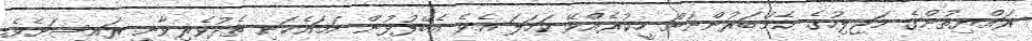
ރައްޔިތުންގެ މަޖިލިހުގެ މެމްބަރުންނަށް ހީކުރެއްވޭ ކަހަލަ އެވެ އެބޭފުޅުން ހަމައެކަނި ތެދުވެރިވާނީ ރައީސަށެވެ.